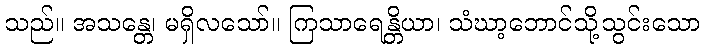
သည်။ အသန္တေ၊ မရှိလသော်။ ကြသာရေန္တိယာ၊ သံဃာ့ဘောင်သို့သွင်းသော